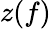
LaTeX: z(f)